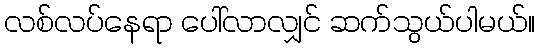
လစ်လပ်နေရာ ပေါ်လာလျှင် ဆက်သွယ်ပါမယ်။